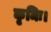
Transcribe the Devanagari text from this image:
कृमिः।